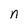
Character: n